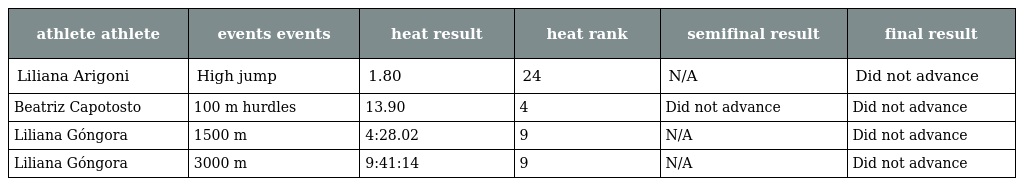
| athlete athlete | events events | heat result | heat rank | semifinal result | final result |
 | --- | --- | --- | --- | --- | --- |
 | Liliana Arigoni | High jump | 1.80 | 24 | N/A | Did not advance |
 | Beatriz Capotosto | 100 m hurdles | 13.90 | 4 | Did not advance | Did not advance |
 | Liliana Góngora | 1500 m | 4:28.02 | 9 | N/A | Did not advance |
 | Liliana Góngora | 3000 m | 9:41:14 | 9 | N/A | Did not advance |